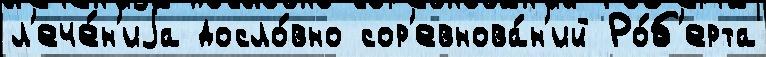
л'ече́н'иjа досло́вно сор'евнова́н'ий Ро́б'ерта